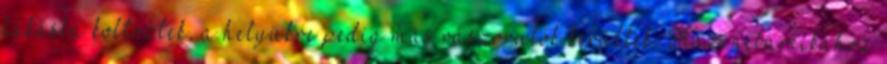
lakásba költöztek, a helyükre pedig más rászorulók kerültek. Kazincbarcikához